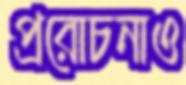
প্ররোচনাও